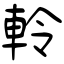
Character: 軨